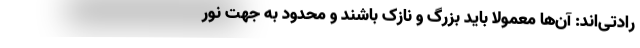
رادتی‌اند: آن‌ها معمولا باید بزرگ و نازک باشند و محدود به جهت نور